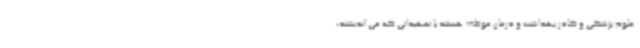
علوم پزشکی و کادر بهداشت و درمان موظف هستند با تمهیداتی که می اندیشند،